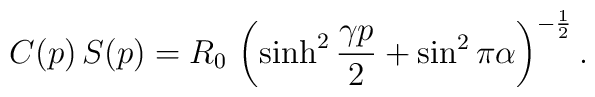
C(p)\,S(p)=R_0\,\left(\sinh^2\frac{\gamma p}{2}+\sin^2\pi\alpha\right)^{-\frac{1}{2}}.